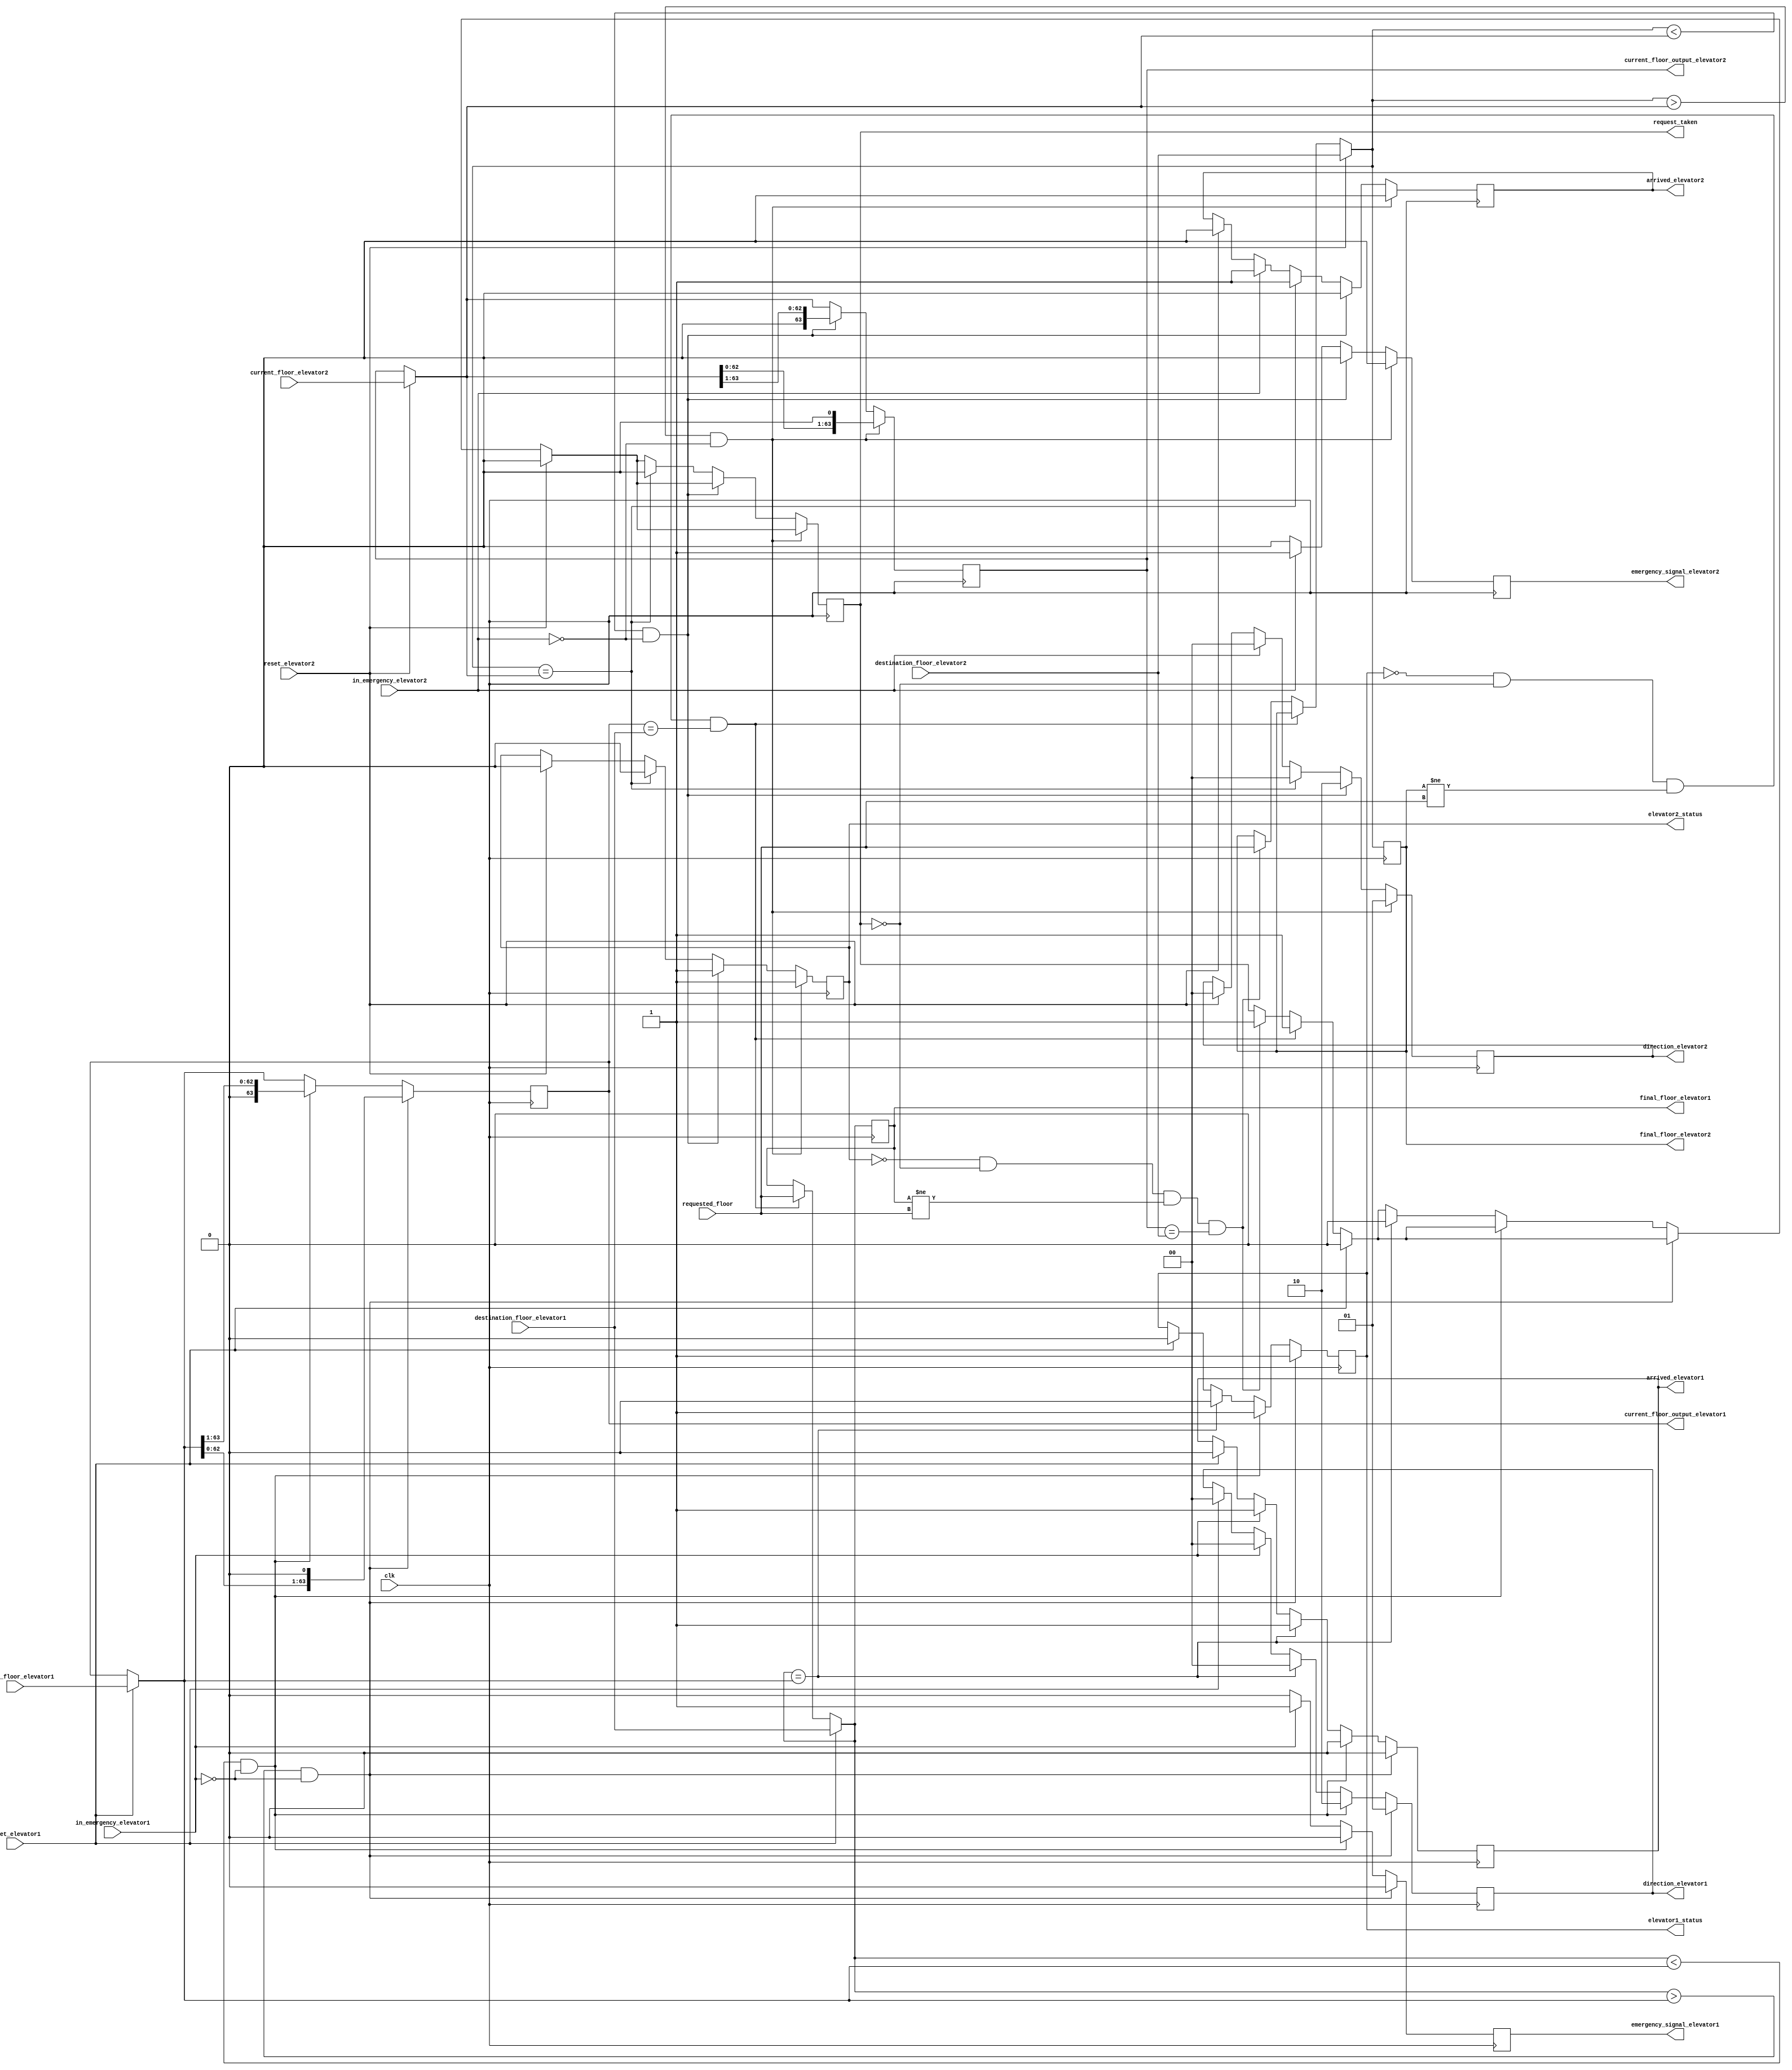
module elevator(
	input [63:0] requested_floor,	
	input [63:0] destination_floor_elevator1,
	input [63:0] destination_floor_elevator2,
	input [63:0] current_floor_elevator1,
	input [63:0] current_floor_elevator2,
	input clk,
	input reset_elevator1,
	//input overweight_elevator1,
	input in_emergency_elevator1,
	input reset_elevator2,
	//input overweight_elevator2,
	input in_emergency_elevator2,
	output reg [1:0] direction_elevator1,
	output reg [1:0] direction_elevator2,
	output reg request_taken,
	output reg elevator1_status,
	output reg elevator2_status,
	output reg arrived_elevator1,
	output reg arrived_elevator2,
	//output reg overweight_signal_elevator1,
	output reg emergency_signal_elevator1,
	//output reg overweight_signal_elevator2,
	output reg emergency_signal_elevator2,
	output reg [63:0] current_floor_output_elevator1,
	output reg [63:0] current_floor_output_elevator2,
	output reg [63:0] final_floor_elevator1,
	output reg [63:0] final_floor_elevator2
	);

always @ (posedge clk) begin
	
	// Case: Elevator 1 takes requested_floor if elevator 1 is not busy
	if(elevator1_status == 1'b0 && request_taken == 1'b0 && final_floor_elevator2 != requested_floor && current_floor_output_elevator1 == destination_floor_elevator1) begin
		final_floor_elevator1 = requested_floor; 
		request_taken = 1'b1;
	end
	
	// Case: Elevator 2 takes requested_floor if elevator 2 is not busy and elevator 1 is busy
	else if (elevator2_status == 1'b0 && request_taken == 1'b0 && final_floor_elevator1 != requested_floor && current_floor_output_elevator2 == destination_floor_elevator2) begin
		final_floor_elevator2 = requested_floor; 
		request_taken = 1'b1;
	end
	
	// Case: when reset_elevator1 is pressed, outputs for elevator 1 are initialized/reset
	if (reset_elevator1) begin
		direction_elevator1 = 2'b00;
		request_taken = 1'b0;
		arrived_elevator1 = 1'b0;
		elevator1_status = 1'b0;
		//overweight_signal_elevator1 = 1'b0;
		emergency_signal_elevator1 = 1'b0;
		current_floor_output_elevator1 = current_floor_elevator1;
		final_floor_elevator1 = destination_floor_elevator1;
	end

	//Case if Emergency stop
	/*else if (in_emergency_elevator1 == 1'b1) begin
		emergency_signal_elevator1 = 1'b1;
		arrived_elevator1 = 1'b0;
		direction_elevator1 = 2'b00;
	end*/

	//Case: Emergency button is pressed in elevator 1
	if (in_emergency_elevator1 == 1'b1) begin
		emergency_signal_elevator1 = 1'b1;
		arrived_elevator1 = 1'b1;
		direction_elevator1 = 2'b00;
	end
	
	// Case: Emergency button is released in elevator 1
	else if (in_emergency_elevator1 == 1'b0) begin
		emergency_signal_elevator1 = 1'b0;
	end

	// Case: Elevator 1 going up
	if ((final_floor_elevator1 > current_floor_output_elevator1) && !in_emergency_elevator1) begin
		//overweight_signal_elevator1 = 1'b0;
		emergency_signal_elevator1 = 1'b0;
		direction_elevator1 = 2'b01;
		current_floor_output_elevator1 = current_floor_output_elevator1 << 1;
		arrived_elevator1 = 1'b0;
		elevator1_status = 1'b1;
		//request_taken = 1'b0;
	end
	
	// Case: Elevator 1 going down
	else if ((final_floor_elevator1 < current_floor_output_elevator1) && !in_emergency_elevator1) begin
		//overweight_signal_elevator1 = 1'b0;
		emergency_signal_elevator1 = 1'b0;
		direction_elevator1 = 2'b10;
		current_floor_output_elevator1 = current_floor_output_elevator1 >> 1;
		arrived_elevator1 = 1'b0;
		elevator1_status = 1'b1;
		//request_taken = 1'b0;
	end
	
	// Case: Elevator 1 staying at current floor
	else if (final_floor_elevator1 == current_floor_output_elevator1) begin
		direction_elevator1 = 2'b00;
		arrived_elevator1 = 1'b1;
		elevator1_status = 1'b0;
		request_taken = 1'b0;
	end
	
	// Case: when reset_elevator2 is pressed, outputs for elevator 2 are initialized/reset
	if (reset_elevator2) begin
		direction_elevator2 = 2'b00;
		request_taken = 1'b0;
		arrived_elevator2 = 1'b0;
		//overweight_signal_elevator2 = 1'b0;
		elevator2_status = 1'b0;
		emergency_signal_elevator2 = 1'b0;
		current_floor_output_elevator2 = current_floor_elevator2;
		final_floor_elevator2 = destination_floor_elevator2;
	end

	//Case if Emergency stop
	/*else if (in_emergency_elevator2 == 1'b1) begin
		emergency_signal_elevator2 = 1'b1;
		arrived_elevator2 = 1'b0;
		direction_elevator2 = 2'b00;
	end*/

	// Case: Emergency button is pressed in elevator 2
	if (in_emergency_elevator2 == 1'b1) begin
		emergency_signal_elevator2 = 1'b1;
		arrived_elevator2 = 1'b1;
		direction_elevator2 = 2'b00;
	end
	
	// Case: Emergency button is released in elevator 2
	else if (in_emergency_elevator2 == 1'b0) begin
		emergency_signal_elevator2 = 1'b0;
	end

	// Case: Elevator 2 going up
	if ((final_floor_elevator2 > current_floor_output_elevator2) && !in_emergency_elevator2) begin
		//overweight_signal_elevator2 = 1'b0;
		emergency_signal_elevator2 = 1'b0;
		direction_elevator2 = 2'b01;
		current_floor_output_elevator2 = current_floor_output_elevator2 << 1;
		arrived_elevator2 = 1'b0;
		elevator2_status = 1'b1;
		//request_taken = 1'b0;
	end
	
	// Case: Elevator 2 going down
	else if ((final_floor_elevator2 < current_floor_output_elevator2) && !in_emergency_elevator2) begin
		//overweight_signal_elevator2 = 1'b0;
		emergency_signal_elevator2 = 1'b0;
		direction_elevator2 = 2'b10;
		current_floor_output_elevator2 = current_floor_output_elevator2 >> 1;
		arrived_elevator2 = 1'b0;
		elevator2_status = 1'b1;
		//request_taken = 1'b0;
	end
	
	//Case: Elevator 2 staying still
	else if (final_floor_elevator2 == current_floor_output_elevator2) begin
		direction_elevator2 = 2'b00;
		arrived_elevator2 = 1'b1;
		elevator2_status = 1'b0;
		request_taken = 1'b0;
	end

end

endmodule